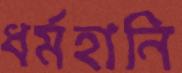
ধর্মহানি